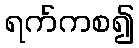
ရက်ကစ၍